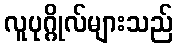
လူပုဂ္ဂိုလ်များသည်